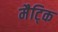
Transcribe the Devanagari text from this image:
मैट्कि